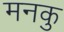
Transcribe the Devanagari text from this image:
मनकु